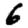
Digit: 6